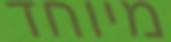
מיוחד